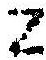
Z